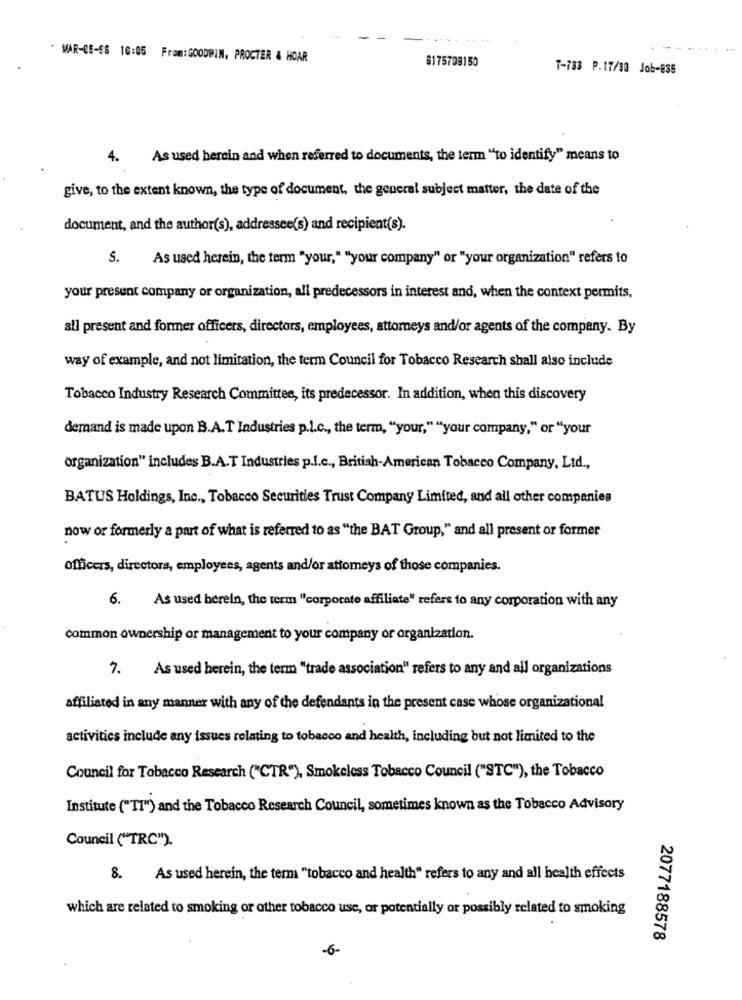
* MAR-05-ES 16:05 From:GOODWIN, PROCTER & HOAR
$175708150
T-783 P.17/30 Job-835
4.
As used herein and when referred to documents, the term "to identify" means to
give, to the extent known, the type of document, the general subject matter, the date of the
document, and the author(s), addressee(s) and recipient(s).
S.
As used herein, the term "your," "your company" or "your organization" refers to
your present company or organization, all predecessors in interest and, when the context permits,
all present and former officers, directors, employees, attorneys and/or agents of the company. By
way of example, and not limitation, the term Council for Tobacco Research shall also include
Tobacco Industry Research Committee, its predecessor. In addition, when this discovery
demand is made upon B.A.T Industries p.l.c ., the term, "your," ""your company," or "your
organization" includes B.A.T Industries p.I.c ., British-American Tobacco Company, Ltd .,
BATUS Holdings, Inc ., Tobacco Securities Trust Company Limited, and all other companies
now or formerly a part of what is referred to as "the BAT Group," and all present or former
officers, directors, employees, agents and/or attomeys of those companies.
6.
As used herein, the term "corporate affiliate" refers to any corporation with any
common ownership or management to your company or organization.
7. As used herein, the term "trade association" refers to any and all organizations
affiliated in any manner with any of the defendants in the present case whose organizational
activities include any issues relating to tobacco and health, including but not limited to the
Council for Tobacco Research ("CTR"), Smokeless Tobacco Council ("STC"), the Tobacco
Institute ("IT") and the Tobacco Research Council, sometimes known as the Tobacco Advisory
Council ("TRC").
8. As used herein, the term "tobacco and health" refers to any and all health effects
which are related to smoking or other tobacco use, or potentially or possibly related to smoking
2077188578
-6-